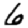
Digit: 6